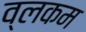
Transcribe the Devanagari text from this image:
व्लकम